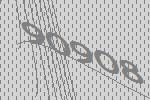
90908